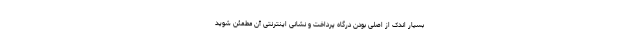
بسیار اندک از اصلی بودن درگاه پرداخت و نشانی اینترنتی آن مطمئن شوید